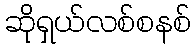
ဆိုရှယ်လစ်စနစ်